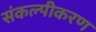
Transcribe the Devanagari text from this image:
संकल्पीकरण